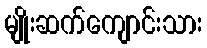
မျိုးဆက်ကျောင်းသား